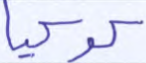
كوكبا